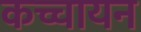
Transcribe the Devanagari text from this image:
कच्चायन